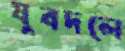
যুবদলে